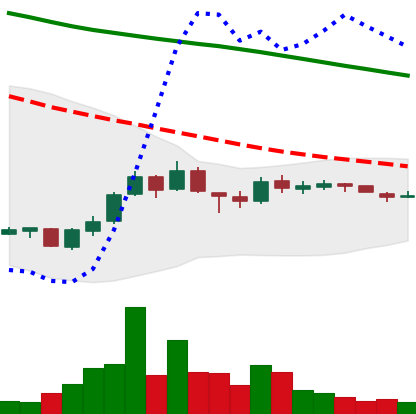
Ticker: ADA-USD
Chart end date: 2018-10-04
Forward return: 6.215%
Label: up_5_7